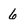
Character: 6